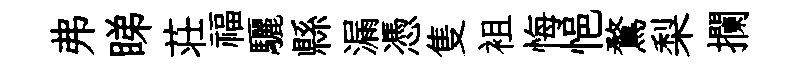
弗睇荘福驪縣漏憑隻袓悔悒鶩梨攔